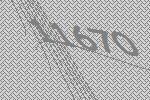
11670